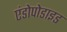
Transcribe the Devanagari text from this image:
एंडोपोडाइड